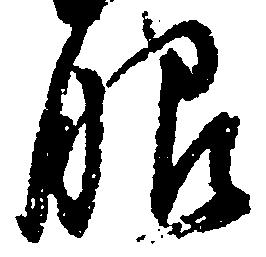
眼